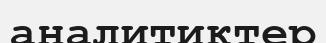
аналитиктер